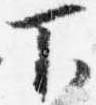
下